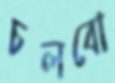
চলবো